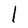
Character: l